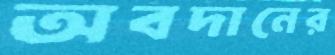
অবদানের